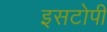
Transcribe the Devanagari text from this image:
इसटोपी